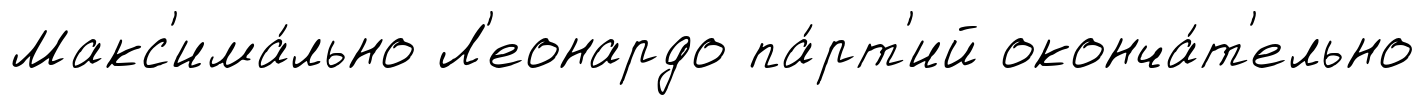
Макс'има́льно Л'еонардо па́рт'ий оконча́т'ельно